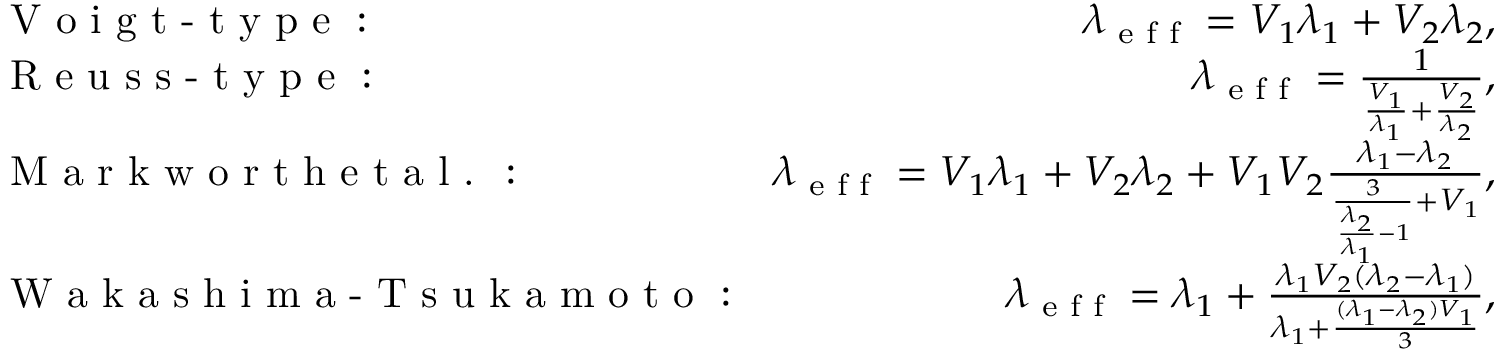
\begin{array} { r l r } & { \textrm { V o i g t - t y p e } : } & { \lambda _ { \textrm { e f f } } = V _ { 1 } \lambda _ { 1 } + V _ { 2 } \lambda _ { 2 } , } \\ & { \textrm { R e u s s - t y p e } : } & { \lambda _ { \textrm { e f f } } = \frac { 1 } { \frac { V _ { 1 } } { \lambda _ { 1 } } + \frac { V _ { 2 } } { \lambda _ { 2 } } } , } \\ & { \textrm { M a r k w o r t h e t a l . } : } & { \lambda _ { \textrm { e f f } } = V _ { 1 } \lambda _ { 1 } + V _ { 2 } \lambda _ { 2 } + V _ { 1 } V _ { 2 } \frac { \lambda _ { 1 } - \lambda _ { 2 } } { \frac { 3 } { \frac { \lambda _ { 2 } } { \lambda _ { 1 } } - 1 } + V _ { 1 } } , } \\ & { \textrm { W a k a s h i m a - T s u k a m o t o } : } & { \lambda _ { \textrm { e f f } } = \lambda _ { 1 } + \frac { \lambda _ { 1 } V _ { 2 } ( \lambda _ { 2 } - \lambda _ { 1 } ) } { \lambda _ { 1 } + \frac { ( \lambda _ { 1 } - \lambda _ { 2 } ) V _ { 1 } } { 3 } } , } \end{array}